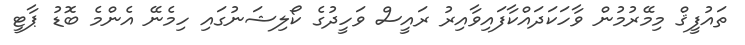
ތައުފީޤް މިމޭރުމުން ވާހަކަދައްކާފައިވާއިރު ރައީސް ވަހީދުގެ ކޯލިޝަނުގައި ހިމެނޭ އެންމެ ބޮޑު ޕާޓީ